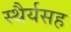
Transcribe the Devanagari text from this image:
स्थैर्यसह